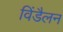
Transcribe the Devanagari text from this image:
विंडैलन